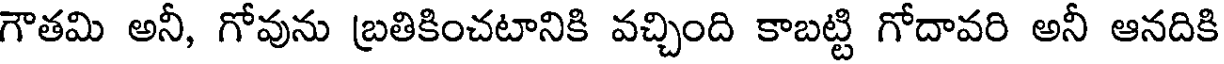
గౌతమి అనీ, గోవును బ్రతికించటానికి వచ్చింది కాబట్టి గోదావరి అనీ ఆనదికి